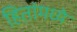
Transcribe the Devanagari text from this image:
हितांमध्ये